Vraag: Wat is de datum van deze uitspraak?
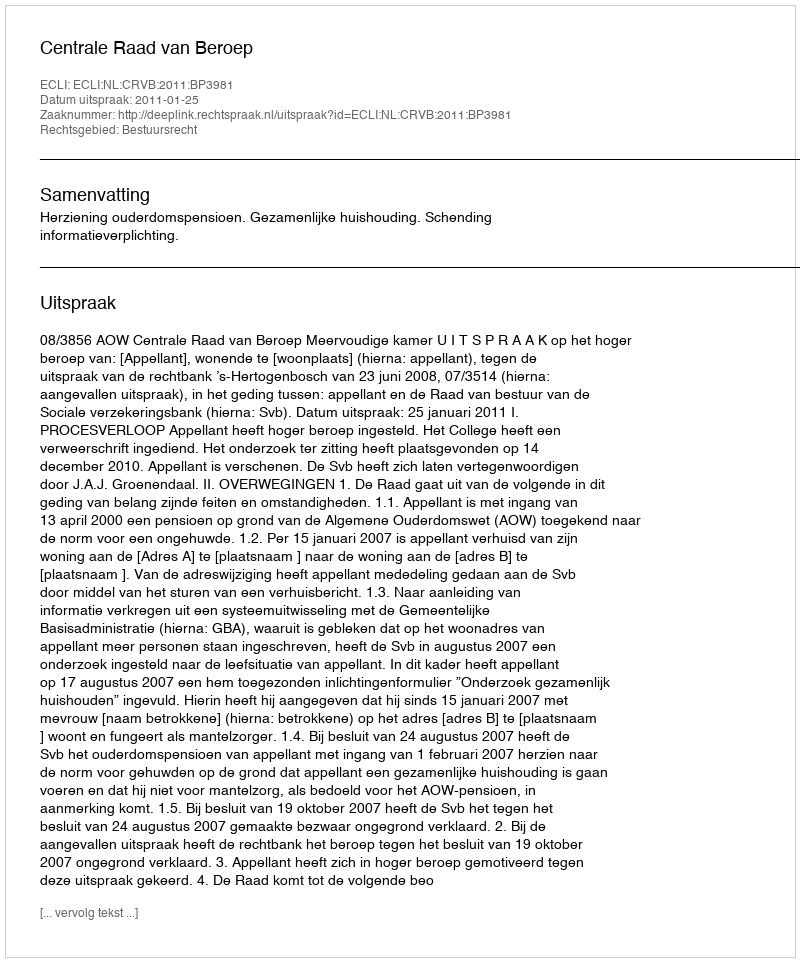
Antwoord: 2011-01-25